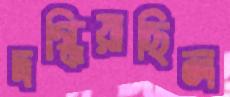
দগ্ধিয়াছিল